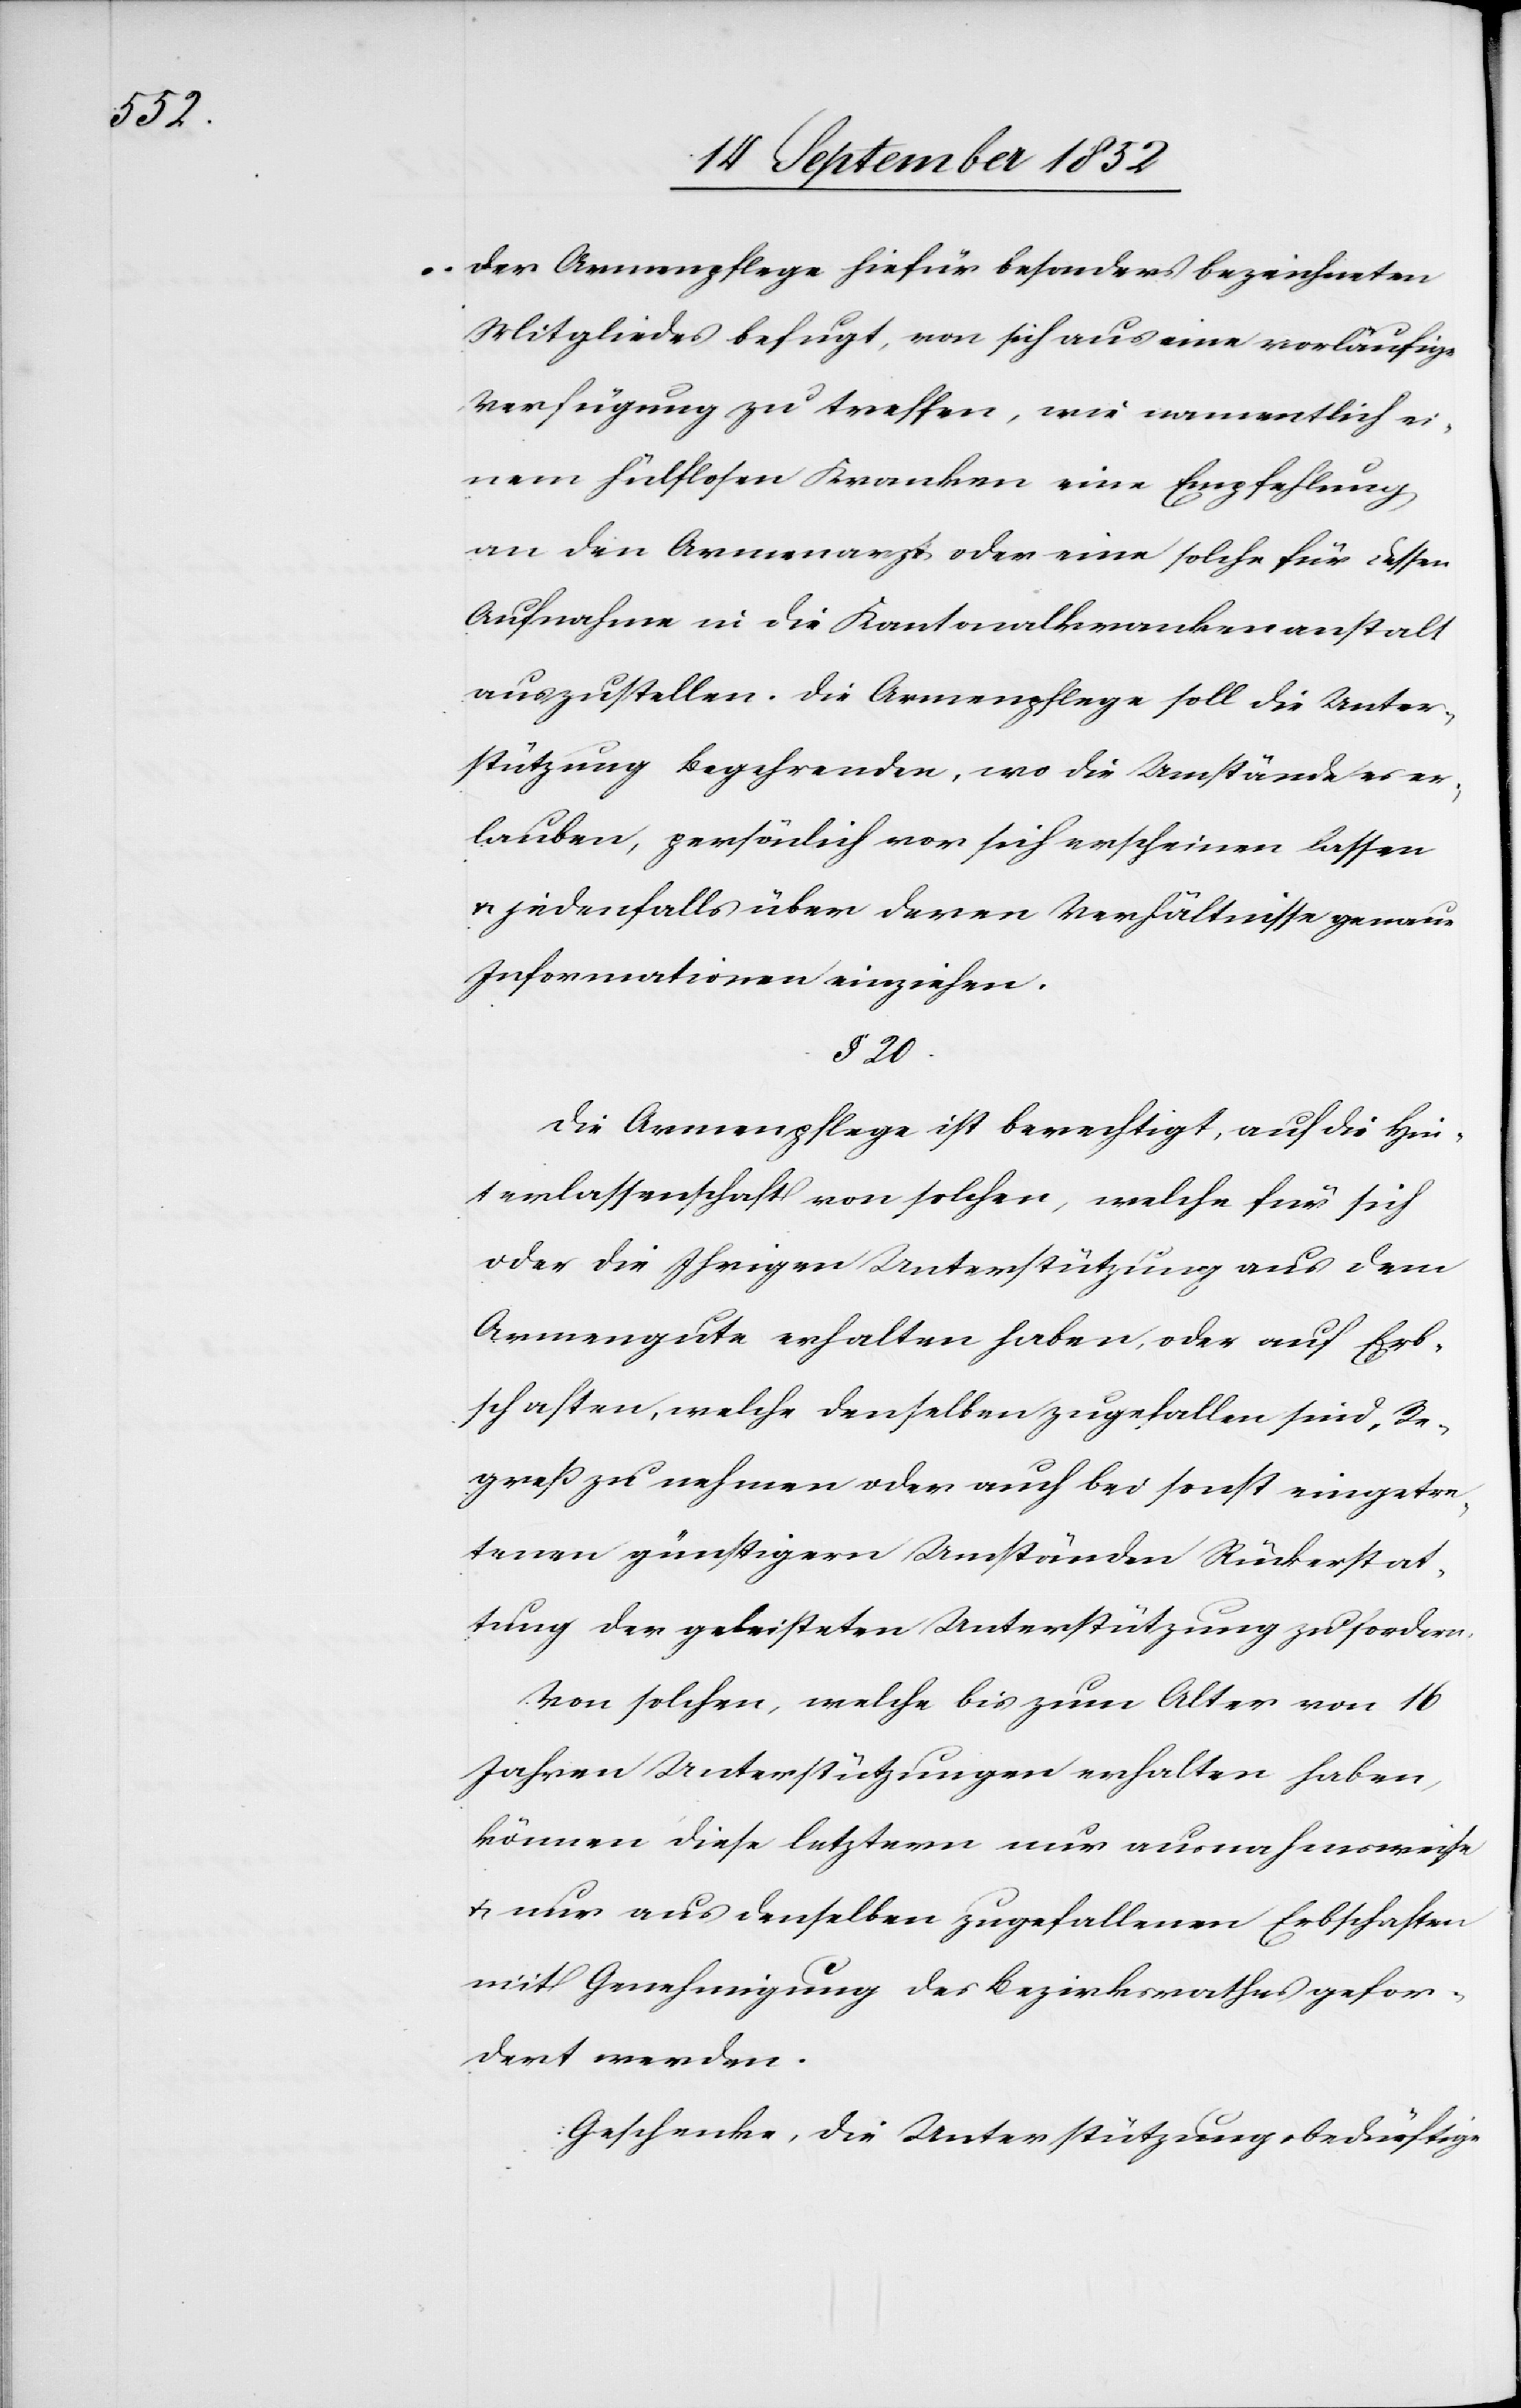
der Armenpflege hiefür besonders bezeichneten
Mitgliedes befugt, von sich aus eine vorläufige
Verfügung zu treffen, wie namentlich ei¬
nem hülflosen Kranken eine Empfehlung
an den Armenarzt oder eine solche für dessen
Aufnahme in die Kantonalkrankenanstalt
auszustellen. Die Armenpflege soll die Unter¬
stützung Begehrenden, wo die Umstände es er¬
lauben, persönlich vor sich erscheinen lassen
& jedenfalls über deren Verhältnisse genaue
Informationen einziehen.
§ 20.
Die Armenpflege ist berechtigt, auf die Hin¬
terlassenschaft von solchen, welche für sich
oder die Ihrigen Unterstützung aus dem
Armengute erhalten haben, oder auf Erb¬
schaften, welche denselben zugefallen sind, Re¬
greß zu nehmen oder auch bei sonst eingetre¬
tenen günstigern Umständen Rückerstat¬
tung der geleisteten Unterstützung zu fordern.
Von solchen, welche bis zum Alter von 16
Jahren Unterstützungen erhalten haben,
können diese letztern nur ausnahmsweise
& nur aus denselben zugefallenen Erbschaften
mit Genehmigung des Bezirksrathes gefor¬
dert werden.
Geschenke, die Unterstützungsbedürftige